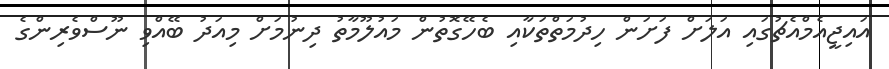
އައިޖީއެމްއެޗުގައި އަލަށް ފަށަން ހިދުމަތްތަކާއި ބެހޭގޮތުން މައުލޫމާތު ދިނުމަށް މިއަދު ބޭއްވި ނޫސްވެރިިންގެ